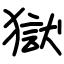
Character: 獄